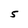
Character: S